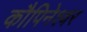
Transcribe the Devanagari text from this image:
कौपिनेश्वर